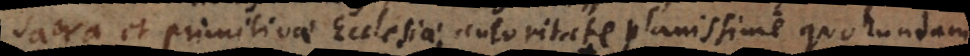
sacra et primitivae Ecclesiae autoritate planissime quorundam